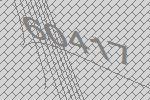
60417